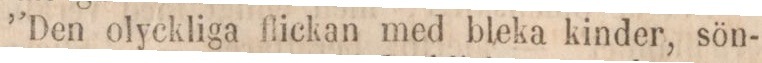
”Den olyckliga flickan med bleka kinder, sön-